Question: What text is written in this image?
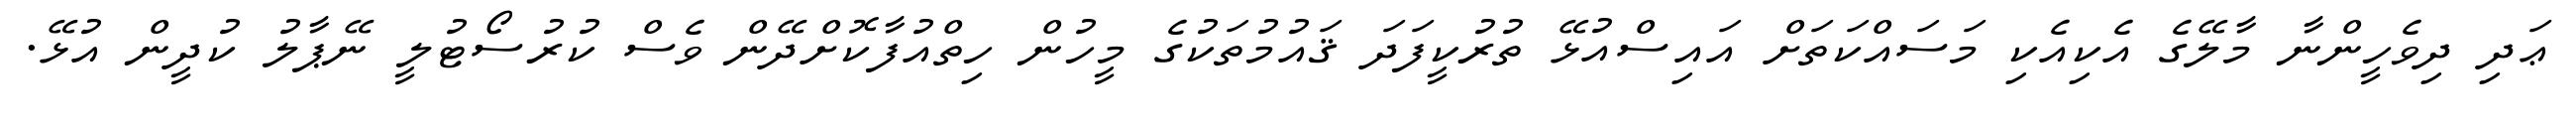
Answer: ޢަދި ދިވެހީންނާ މާލޭގެ އެކިއެކި މަސައްކަތަށް އައިސްއުޅޭ ތުރުކީފަދަ ޤައުމުތަކުގެ މީހުން ހިތްއުފާކޮށްދޭން ވެސް ކުރުސޯޓުލީ ނޭޕާލު ކުދީން އުޅޭ.